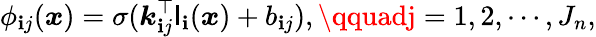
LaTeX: \phi_{\mathbf{i}j}(\boldsymbol{x})=\sigma(\boldsymbol{k}_{\mathbf{i}j}^{\top}\mathsf{l}_{\mathbf{i}}(\boldsymbol{x})+b_{\mathbf{i}j}),\qquadj=1,2,\cdots,J_{n},